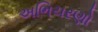
અભિચરણો